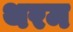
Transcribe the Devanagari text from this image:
थरम